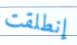
إنطلقت